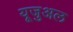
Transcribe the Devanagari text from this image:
यूजुअल